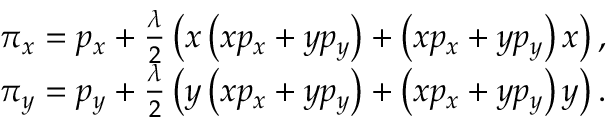
\begin{array} { c } { { \pi _ { x } = p _ { x } + \frac { \lambda } { 2 } \left( x \left( x p _ { x } + y p _ { y } \right) + \left( x p _ { x } + y p _ { y } \right) x \right) , } } \\ { { \pi _ { y } = p _ { y } + \frac { \lambda } { 2 } \left( y \left( x p _ { x } + y p _ { y } \right) + \left( x p _ { x } + y p _ { y } \right) y \right) . } } \end{array}